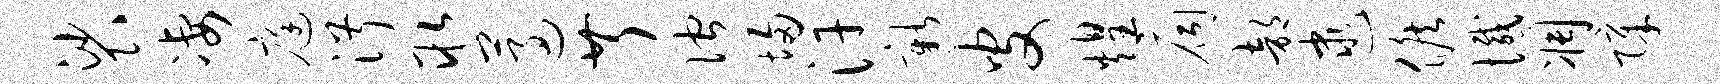
裟凄庭淑取遵芹伫埽汗新皮煌扃部逮候憾凋障